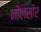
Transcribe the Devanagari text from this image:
नीलसीर